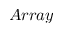
A r r a y